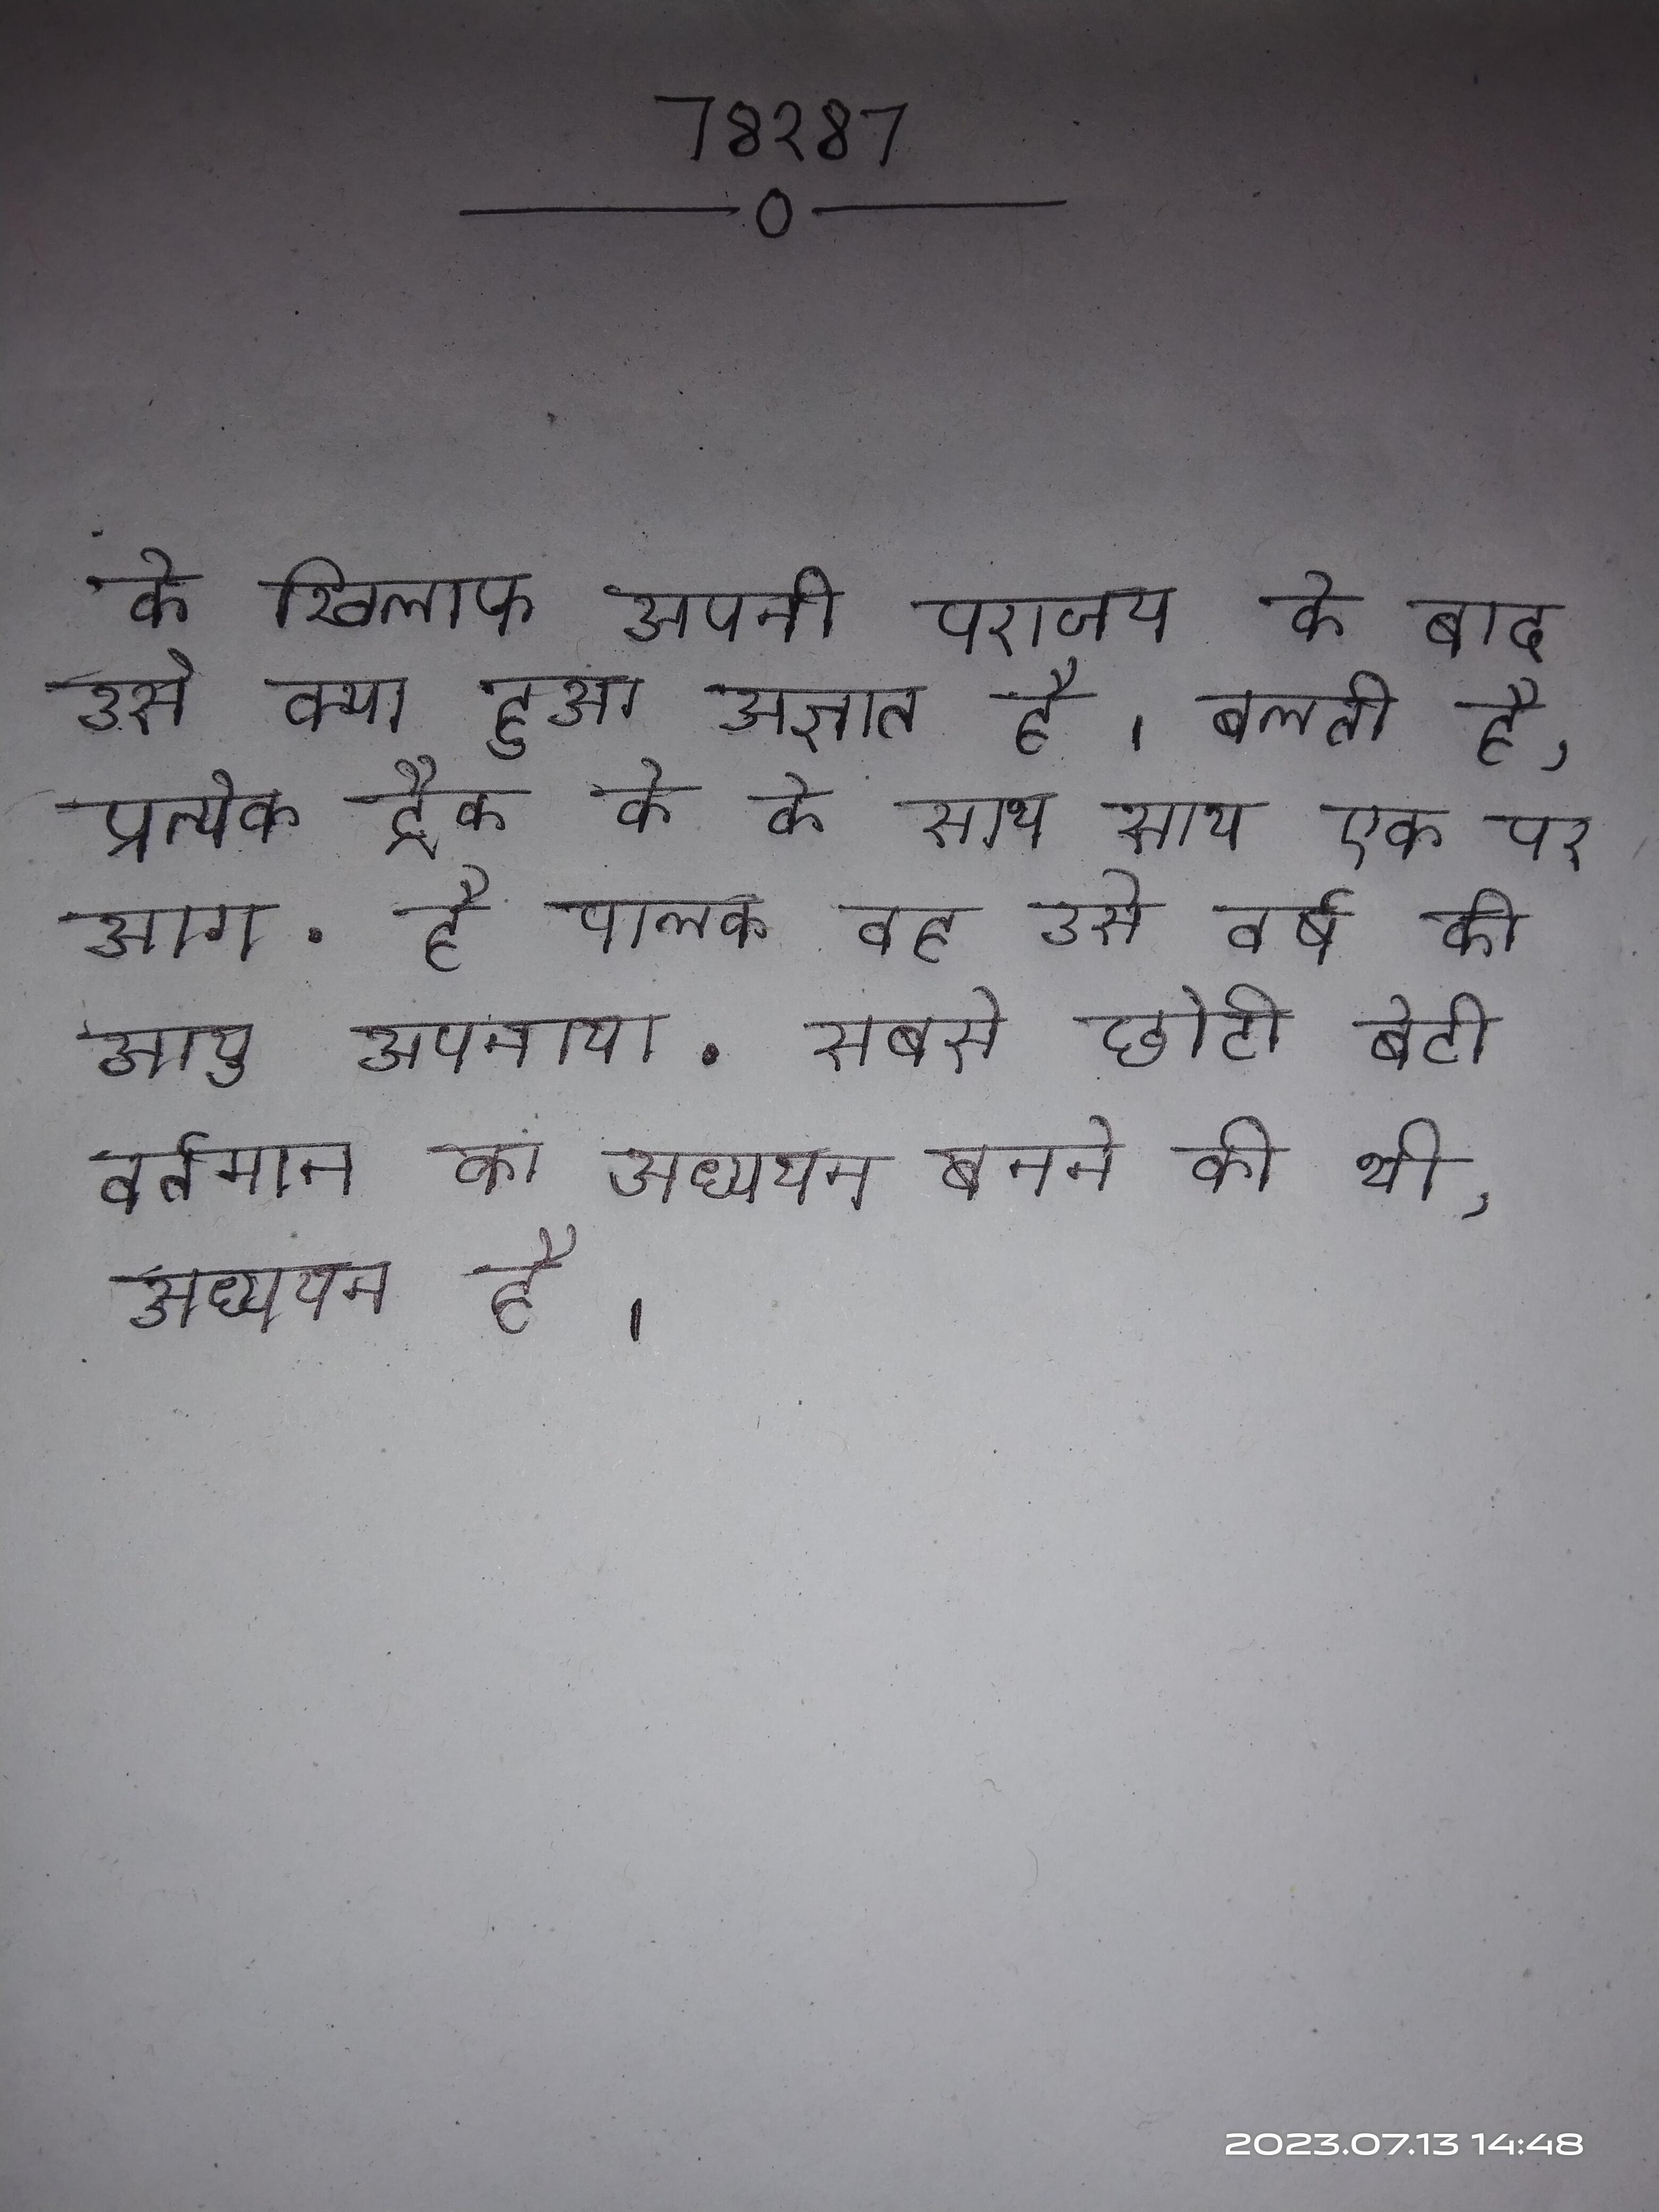
के खिलाफ अपनी पराजय के बाद उसे क्या हुआ अज्ञात है । बनाम ग्रे मैच हर ट्रैक चलती है, प्रत्येक ट्रैक के के साथ साथ एक पर आग . है पालक वह उसे वर्ष की आयु अपनाया . सबसे छोटी बेटी वर्तमान का अध्ययन बनने की थी, अध्ययन है ।